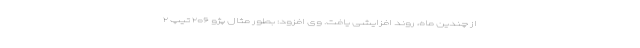
از چندین ماه، روند افزایشی یافت. وی افزود: بطور مثال پژو ۲۰۶ تیپ ۲